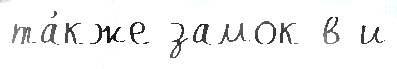
та́кже замок в и